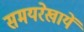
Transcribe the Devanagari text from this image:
समयरेखायें